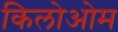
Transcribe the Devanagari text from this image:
किलोओम